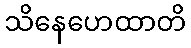
သိနေဟေထာတိ